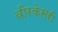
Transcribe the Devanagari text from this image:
वीरकेसरी